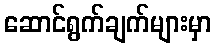
ဆောင်ရွက်ချက်များမှာ